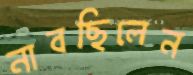
নাবছিলেন